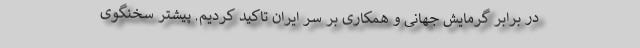
در برابر گرمایش جهانی و همکاری بر سر ایران تاکید کردیم. پیشتر سخنگوی